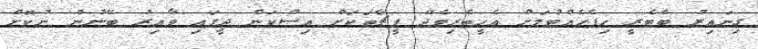
ގިނައިރު ބެޓެރީ ހިފެހެއްޓުމަށް އެހީތެރިވެދޭ ފީޗާތަކަށް އިސްކަން ދީފައި ވާއިރު ބޭނުން ނުކޮށް